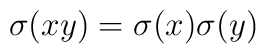
\sigma (xy)=\sigma (x)\sigma (y)